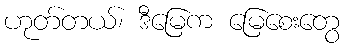
ဟုတ်တယ်၊ ဒီမြေက မြေစေးတွေ